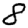
Digit: 8